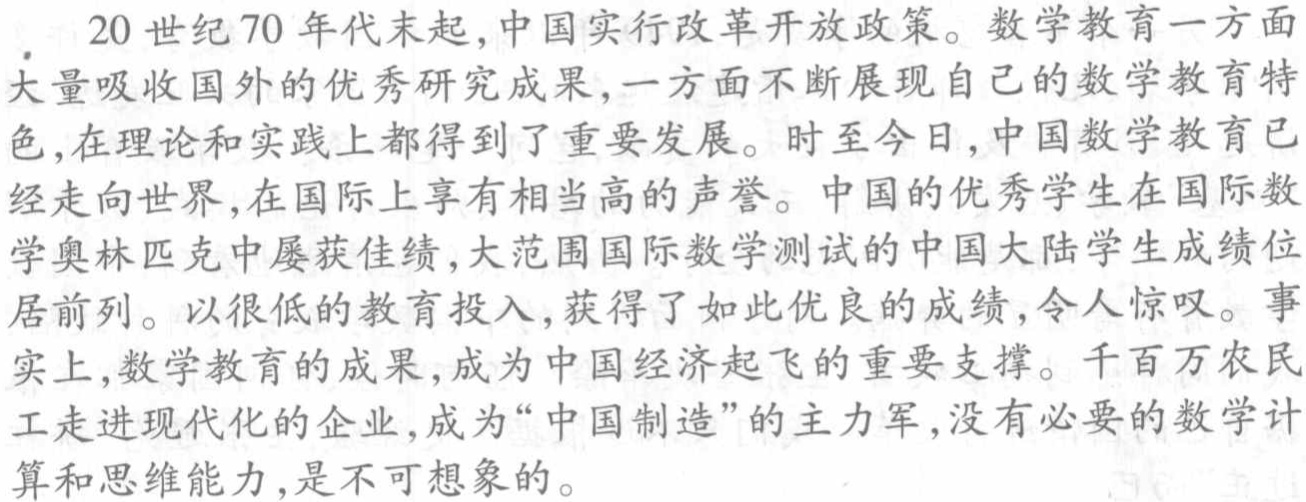
20世纪70年代末起,中国实行改革开放政策。数学教育一方面大量吸收国外的优秀研究成果,一方面不断展现自己的数学教育特色,在理论和实践上都得到了重要发展。时至今日,中国数学教育已经走向世界,在国际上享有相当高的声誉。中国的优秀学生在国际数学奥林匹克中屡获佳绩,大范围国际数学测试的中国大陆学生成绩位居前列。以很低的教育投入,获得了如此优良的成绩,令人惊叹。事实上,数学教育的成果,成为中国经济起飞的重要支撑。千百万农民工走进现代化的企业,成为“中国制造”的主力军,没有必要的数学计算和思维能力,是不可想象的。